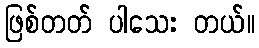
ဖြစ်တတ် ပါသေး တယ်။